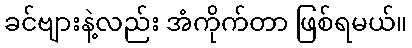
ခင်ဗျားနဲ့လည်း အံကိုက်တာ ဖြစ်ရမယ်။